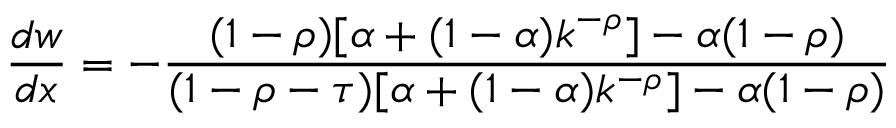
{ \frac { d w } { d x } } = - { \frac { ( 1 - \rho ) [ \alpha + ( 1 - \alpha ) k ^ { - \rho } ] - \alpha ( 1 - \rho ) } { ( 1 - \rho - \tau ) [ \alpha + ( 1 - \alpha ) k ^ { - \rho } ] - \alpha ( 1 - \rho ) } }